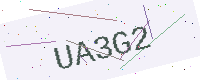
Text: UA3G2